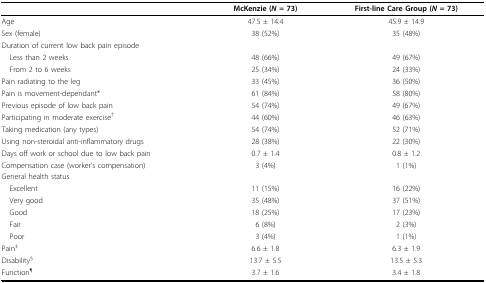
<table><thead><tr><td></td><td><b>McKenzie (<i>N </i>= 73)</b></td><td><b>First-line Care Group (<i>N </i>= 73)</b></td></tr></thead><tbody><tr><td>Age</td><td>47.5 ± 14.4</td><td>45.9 ± 14.9</td></tr><tr><td>Sex (female)</td><td>38 (52%)</td><td>35 (48%)</td></tr><tr><td colspan="3">Duration of current low back pain episode</td></tr><tr><td> Less than 2 weeks</td><td>48 (66%)</td><td>49 (67%)</td></tr><tr><td> From 2 to 6 weeks</td><td>25 (34%)</td><td>24 (33%)</td></tr><tr><td>Pain radiating to the leg</td><td>33 (45%)</td><td>36 (50%)</td></tr><tr><td>Pain is movement-dependant*</td><td>61 (84%)</td><td>58 (80%)</td></tr><tr><td>Previous episode of low back pain</td><td>54 (74%)</td><td>49 (67%)</td></tr><tr><td>Participating in moderate exercise<sup>†</sup></td><td>44 (60%)</td><td>46 (63%)</td></tr><tr><td>Taking medication (any types)</td><td>54 (74%)</td><td>52 (71%)</td></tr><tr><td>Using non-steroidal anti-inflammatory drugs</td><td>28 (38%)</td><td>22 (30%)</td></tr><tr><td>Days off work or school due to low back pain</td><td>0.7 ± 1.4</td><td>0.8 ± 1.2</td></tr><tr><td>Compensation case (worker&#x27;s compensation)</td><td>3 (4%)</td><td>1 (1%)</td></tr><tr><td colspan="3">General health status</td></tr><tr><td> Excellent</td><td>11 (15%)</td><td>16 (22%)</td></tr><tr><td> Very good</td><td>35 (48%)</td><td>37 (51%)</td></tr><tr><td> Good</td><td>18 (25%)</td><td>17 (23%)</td></tr><tr><td> Fair</td><td>6 (8%)</td><td>2 (3%)</td></tr><tr><td> Poor</td><td>3 (4%)</td><td>1 (1%)</td></tr><tr><td>Pain<sup>‡</sup></td><td>6.6 ± 1.8</td><td>6.3 ± 1.9</td></tr><tr><td>Disability<sup>§</sup></td><td>13.7 ± 5.5</td><td>13.5 ± 5.3</td></tr><tr><td>Function<sup>¶</sup></td><td>3.7 ± 1.6</td><td>3.4 ± 1.8</td></tr></tbody></table>